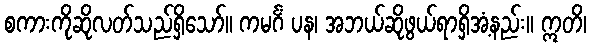
စကားကိုဆိုလတ်သည်ရှိသော်။ ကမင်္ဂံ ပန၊ အဘယ်ဆိုဖွယ်ရာရှိအံ့နည်း။ ဣတိ၊